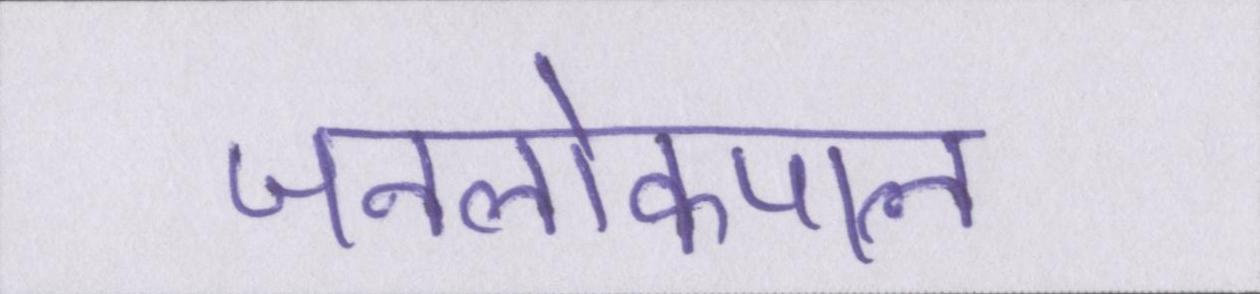
जनलोकपाल